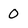
Character: 0